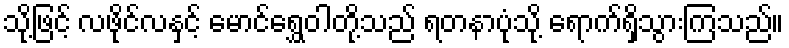
သို့ဖြင့် လဖိုင်လနှင့် မောင်ရွှေဝါတို့သည် ရတနာပုံသို့ ရောက်ရှိသွားကြသည်။